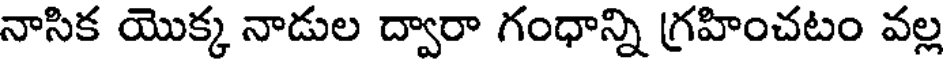
నాసిక యొక్క నాడుల ద్వారా గంధాన్ని గ్రహించటం వల్ల